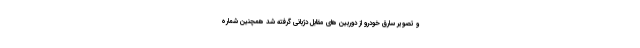
و تصویر سارق خودرو از دوربین های مقابل دژبانی گرفته شد همچنین شماره